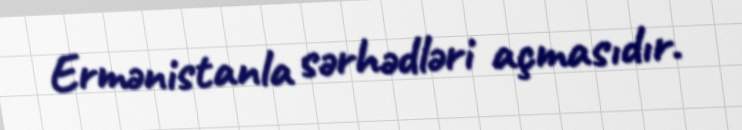
Ermənistanla sərhədləri açmasıdır.